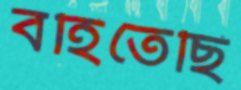
বহিতেছি